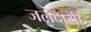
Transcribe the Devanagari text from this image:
जलदायी